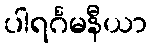
ပါရင်္ဂမနီယာ